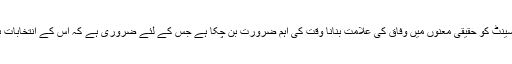
پاکستان کے سینٹ کو حقیقی معنوں میں وفاق کی علامت بنانا وقت کی اہم ضرورت بن چکا ہے جس کے لئے ضروری ہے کہ اس کے انتخابات براہ راست ہو۔